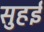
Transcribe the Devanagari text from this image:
सुहई